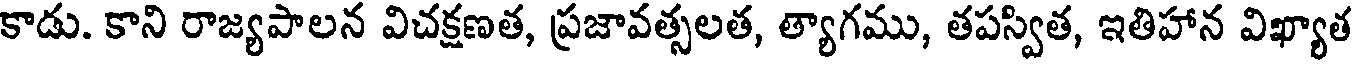
కాడు. కాని రాజ్యపాలన విచక్షణత, ప్రజావత్సలత, త్యాగము, తపస్విత, ఇతిహాన విఖ్యాత